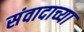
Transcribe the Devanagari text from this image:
संवादाच्या